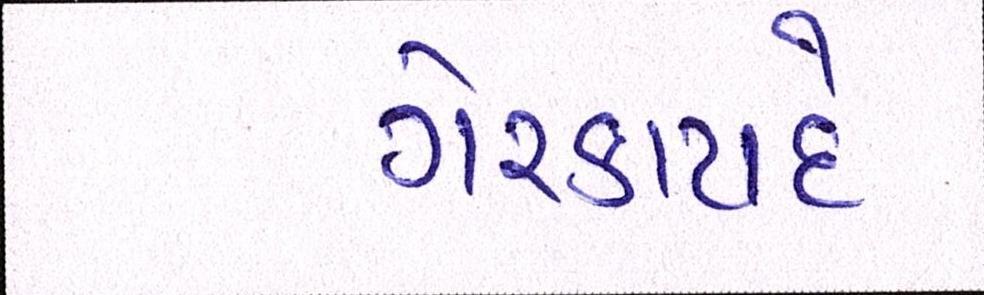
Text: ગેરકાયદે